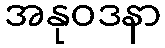
အနုဝဒနာ